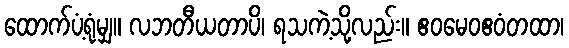
ထောက်ပံ့ရုံမျှ။ လဘတီယတာပိ၊ ရသကဲ့သို့လည်း။ ဧဝမေဝဧဝံတထာ၊